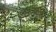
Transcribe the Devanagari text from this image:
यूनिव्हर्सल